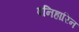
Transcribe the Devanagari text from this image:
पनिहारिन